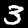
Digit: 3